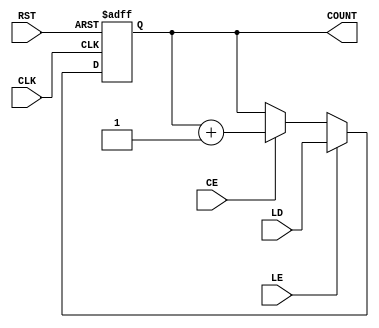
module LoadableCounter #(
    parameter WIDTH = 4  // Parameter to define the width of the counter
)(
    input wire CLK,       // Clock input
    input wire RST,       // Reset input
    input wire CE,        // Count Enable input
    input wire LE,        // Load Enable input
    input wire [WIDTH-1:0] LD, // Load Value input
    output reg [WIDTH-1:0] COUNT // Current count output
);

    // Always block triggered on the rising edge of the clock
    always @(posedge CLK or posedge RST) begin
        if (RST) begin
            // Reset the counter to zero
            COUNT <= 0;
        end else if (LE) begin
            // Load the specified value into the counter
            COUNT <= LD;
        end else if (CE) begin
            // Increment the counter
            COUNT <= COUNT + 1;
        end
        // If none of the conditions are met, COUNT retains its value
    end

endmodule